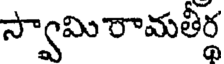
స్వామి రామతీర్థ